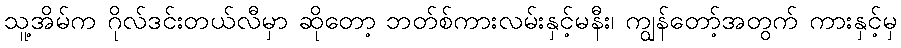
သူ့အိမ်က ဂိုလ်ဒင်းတယ်လီမှာ ဆိုတော့ ဘတ်စ်ကားလမ်းနှင့်မနီး၊ ကျွန်တော့်အတွက် ကားနှင့်မှ